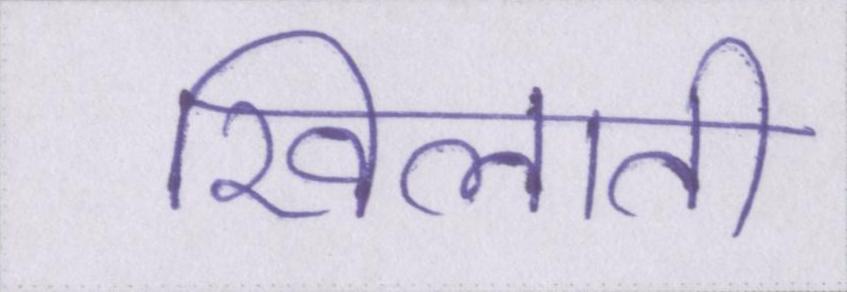
खिलाती